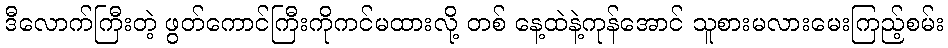
ဒီလောက်ကြီးတဲ့ ဖွတ်ကောင်ကြီးကိုကင်မထားလို့ တစ် နေ့ထဲနဲ့ကုန်အောင် သူစားမလားမေးကြည့်စမ်း